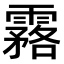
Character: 𩅗